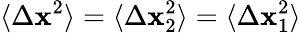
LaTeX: \langle\Delta\mathbf{x}^{2}\rangle=\langle\Delta\mathbf{x}_{2}^{2}\rangle=\langle\Delta\mathbf{x}_{1}^{2}\rangle